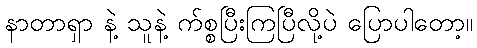
နာတာရှာ နဲ့ သူနဲ့ က်စ္စပြီးကြပြီလို့ပဲ ပြောပါတော့။